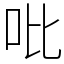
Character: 吡